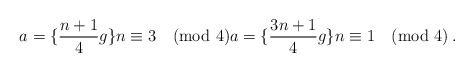
\begin{align*} a=\{\frac{n+1}{4}g\} n\equiv 3\pmod 4 a=\{\frac{3n+1}{4}g\} n\equiv 1\pmod 4\,.\end{align*}